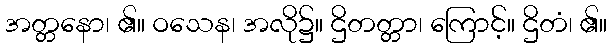
အတ္တနော၊ ၏။ ဝသေန၊ အလို၌။ ဌိတတ္တာ၊ ကြောင့်။ ဌိတံ၊ ၏။